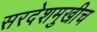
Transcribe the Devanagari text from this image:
सरदेशमुखीच